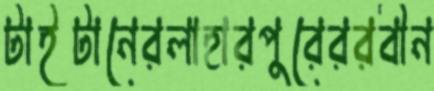
টাইটানেরলাহারপুরেররবীন